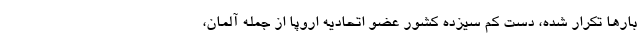
بارها تکرار شده، دست کم سیزده کشور عضو اتحادیه اروپا از جمله آلمان،